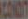
CONDIT